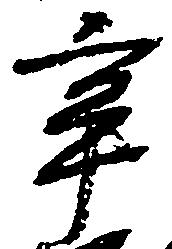
牢